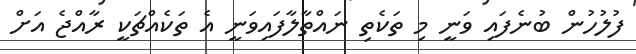
ފުލުހުން ބުނެފައި ވަނީ މި ތަކެތި ނައްތާލާފައިވަނީ އެ ތަކެއްޗަކީ ރާއްޖެ އަށް